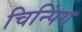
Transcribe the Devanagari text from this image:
चिन्पिंग